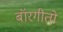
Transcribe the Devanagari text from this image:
बॉरगीतो